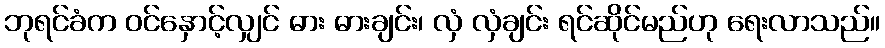
ဘုရင်ခံက ဝင်နှောင့်လျှင် ဓား ဓားချင်း၊ လှံ လှံချင်း ရင်ဆိုင်မည်ဟု ရေးလာသည်။